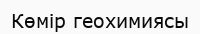
Көмір геохимиясы